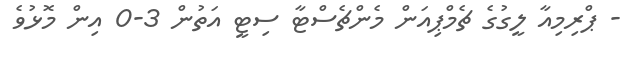
- ޕްރިމިއާ ލީގުގެ ޗެމްޕިއަން މެންޗެސްޓާ ސިޓީ އަތުން 3-0 އިން މޮޅުވެ